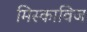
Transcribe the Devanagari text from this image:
मिस्काविज